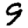
Digit: 9